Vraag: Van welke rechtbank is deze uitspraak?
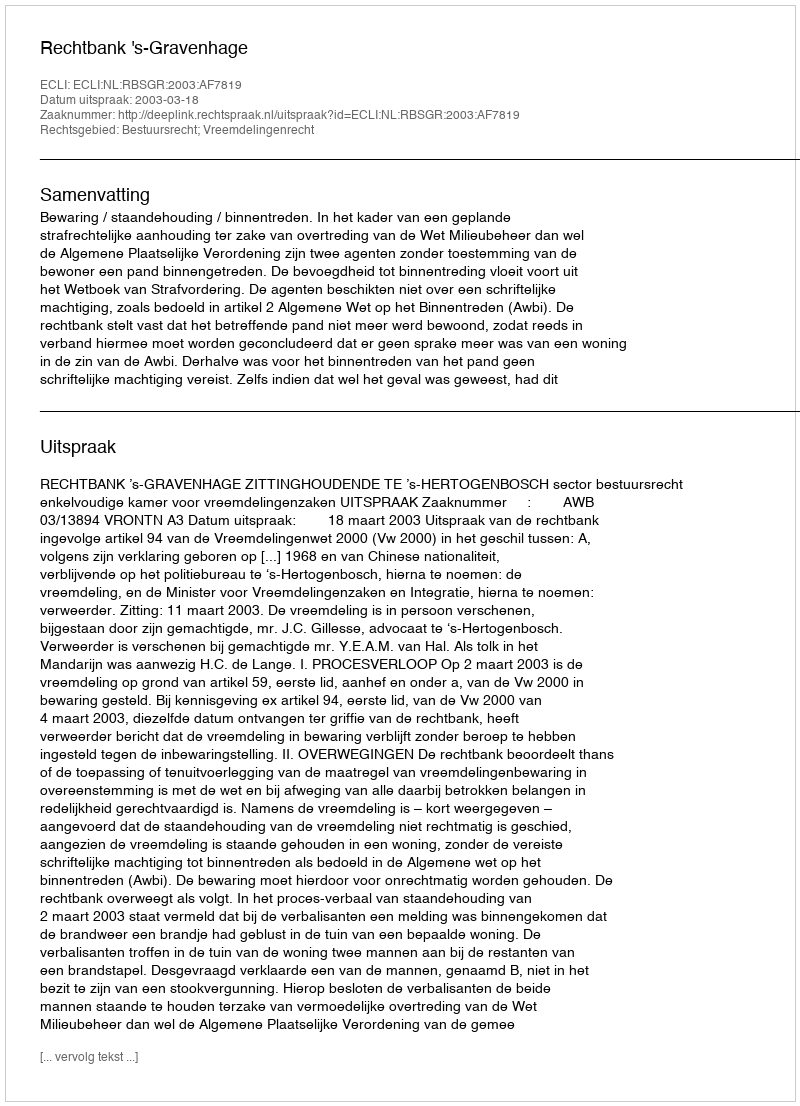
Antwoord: Rechtbank 's-Gravenhage